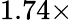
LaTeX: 1.74\times